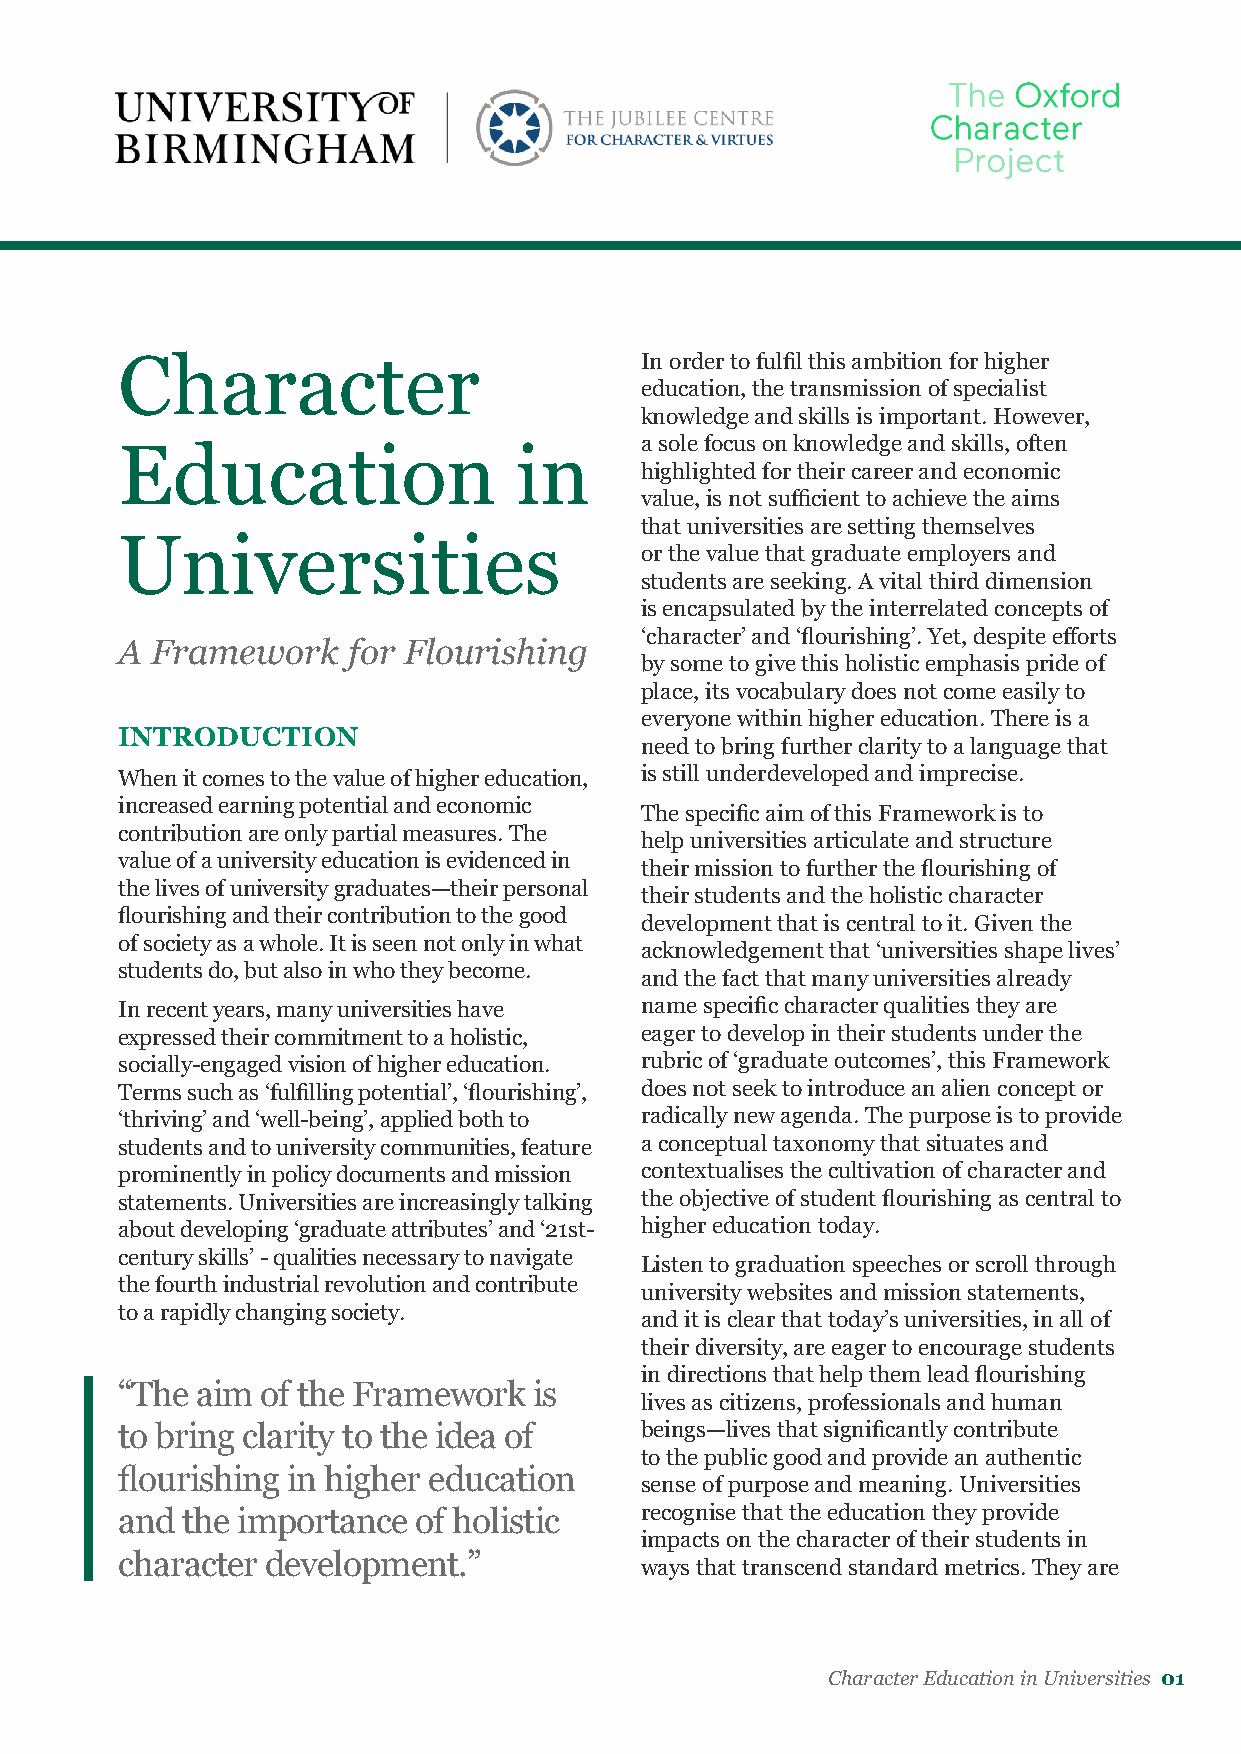
Character                         In order to fulfil this ambition for higher
 education, the transmission of specialist
 knowledge and skills is important. However,
 a sole focus on knowledge and skills, often
 Education                 in
 highlighted for their career and economic
 value, is not sufficient to achieve the aims
 that universities are setting themselves
 Universities
 or the value that graduate employers and
 students are seeking. A vital third dimension
 is encapsulated by the interrelated concepts of
 ‘character’ and ‘flourishing’. Yet, despite efforts
 A Framework    for Flourishing
 by some to give this holistic emphasis pride of
 place, its vocabulary does not come easily to
 everyone within higher education. There is a
 INTRODUCTION
 need to bring further clarity to a language that
 When it comes to the value of higher education, is still underdeveloped and imprecise.
 increased earning potential and economic
 The specific aim of this Framework is to
 contribution are only partial measures. The
 help universities articulate and structure
 value of a university education is evidenced in
 their mission to further the flourishing of
 the lives of university graduates—their personal
 their students and the holistic character
 flourishing and their contribution to the good
 development that is central to it. Given the
 of society as a whole. It is seen not only in what
 acknowledgement that ‘universities shape lives’
 students do, but also in who they become.
 and the fact that many universities already
 In recent years, many universities have name specific character qualities they are
 expressed their commitment to a holistic, eager to develop in their students under the
 socially-engaged vision of higher education. rubric of ‘graduate outcomes’, this Framework
 Terms such as ‘fulfilling potential’, ‘flourishing’, does not seek to introduce an alien concept or
 ‘thriving’ and ‘well-being’, applied both to radically new agenda. The purpose is to provide
 students and to university communities, feature a conceptual taxonomy that situates and
 prominently in policy documents and mission contextualises the cultivation of character and
 statements. Universities are increasingly talking the objective of student flourishing as central to
 about developing ‘graduate attributes’ and ‘21st- higher education today.
 century skills’ - qualities necessary to navigate
 Listen to graduation speeches or scroll through
 the fourth industrial revolution and contribute
 university websites and mission statements,
 to a rapidly changing society.
 and it is clear that today’s universities, in all of
 their diversity, are eager to encourage students
 in directions that help them lead flourishing
 “The aim of the Framework  is
 lives as citizens, professionals and human
 to bring clarity to the idea of   beings—lives that significantly contribute
 to the public good and provide an authentic
 flourishing in higher education
 sense of purpose and meaning. Universities
 and the importance  of holistic   recognise that the education they provide
 impacts on the character of their students in
 character development.”
 ways that transcend standard metrics. They are
 Character Education in Universities 01